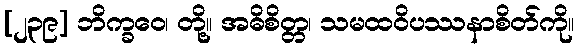
[၂၃၉] ဘိက္ခဝေ၊ တို့။ အဓိစိတ္တ၊ သမထဝိပဿနာစိတ်ကို။